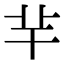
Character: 𦍋